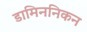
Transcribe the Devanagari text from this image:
डामिननिकन